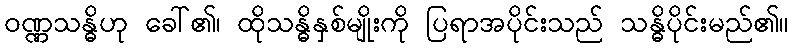
ဝဏ္ဏသန္ဓိဟု ခေါ်၏၊ ထိုသန္ဓိနှစ်မျိုးကို ပြရာအပိုင်းသည် သန္ဓိပိုင်းမည်၏။